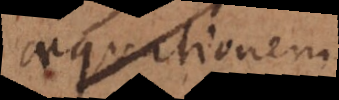
aequationem